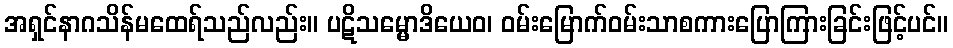
အရှင်နာဂသိန်မထေရ်သည်လည်း။ ပဋိသမ္မောဒိယေဝ၊ ဝမ်းမြောက်ဝမ်းသာစကားပြောကြားခြင်းဖြင့်ပင်။